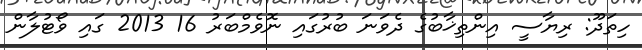
ހިތަދޫ: ރިޔާސީ އިންތިޚާބުގެ ދެވަނަ ބުރުގައި ނޮވެމްބަރު 16 2013 ގައި ވޯޓުލާން